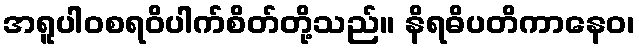
အရူပါဝစရဝိပါက်စိတ်တို့သည်။ နိရဓိပတိကာနေဝ၊